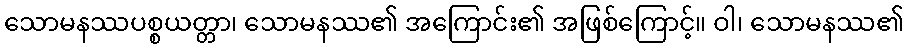
သောမနဿပစ္စယတ္တာ၊ သောမနဿ၏ အကြောင်း၏ အဖြစ်ကြောင့်။ ဝါ၊ သောမနဿ၏